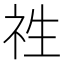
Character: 𮁢